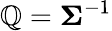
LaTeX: {\boldsymbol{\mathbb{Q}}}={\boldsymbol{\Sigma}}^{-1}